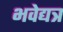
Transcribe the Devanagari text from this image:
भवेद्यत्र